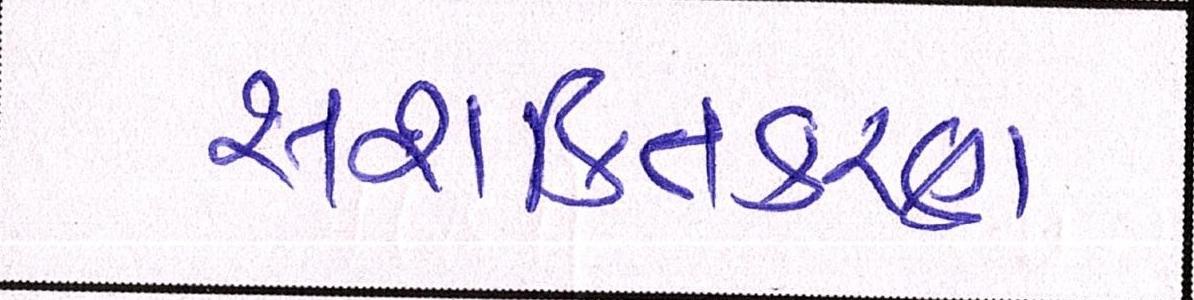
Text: સશક્તિકરણ